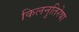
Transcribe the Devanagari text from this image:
किलनुतिरेषा